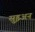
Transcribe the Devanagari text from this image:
सुइअन